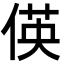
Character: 偀